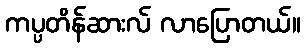
ကပ္ပတိန်ဆားလ် လာပြောတယ်။